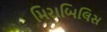
મિરાબિલિસ